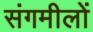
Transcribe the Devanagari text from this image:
संगमीलों